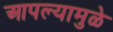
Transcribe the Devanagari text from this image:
आपल्यामुळे